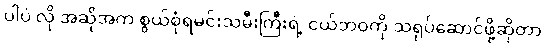
ပါပဲ လို အဆိုအက စွယ်စုံရမင်းသမီးကြီးရဲ့ ငယ်ဘဝကို သရုပ်ဆောင်ဖို့ဆိုတာ